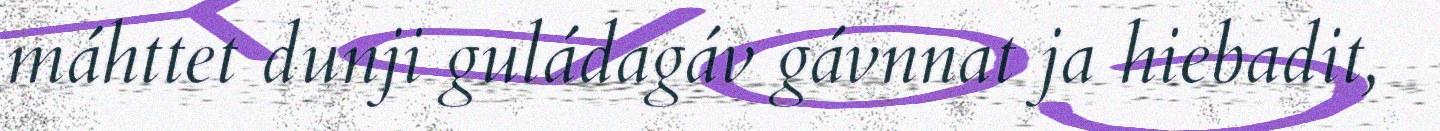
máhttet dunji guládagáv gávnnat ja hiebadit,